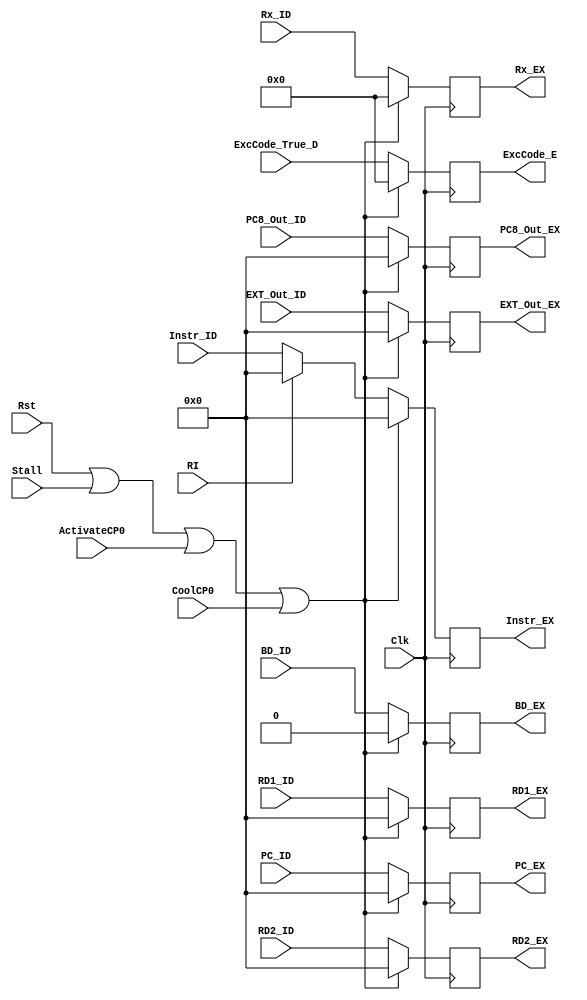
module ID_EX(
	 input Stall,
	 input ActivateCP0,
	 input CoolCP0,
	 input RI,
	 input [31:0] Instr_ID,
    input [31:0] RD1_ID,
    input [31:0] RD2_ID,
    input [31:0] EXT_Out_ID,
    input [31:0] PC8_Out_ID,
    input [31:0] PC_ID,
    input [4:0] Rx_ID,
	 input BD_ID,
	 output reg[31:0] Instr_EX,
    output reg[31:0] RD1_EX,
    output reg[31:0] RD2_EX,
    output reg[31:0] EXT_Out_EX,
    output reg[31:0] PC8_Out_EX,
    output reg[31:0] PC_EX,
    output reg[4:0] Rx_EX,
	 output reg BD_EX,
    input Clk,
	 input Rst,
	 input[4:0] ExcCode_True_D,
	 output reg[4:0] ExcCode_E
    );
	always@(posedge Clk)begin
		if((Rst)||(Stall)||(ActivateCP0)||(CoolCP0))begin
			Instr_EX <= 0;
			RD1_EX <= 0;
			RD2_EX <= 0;
			EXT_Out_EX <= 0;
			PC8_Out_EX <= 0;
			PC_EX <= 0;
			Rx_EX <= 0;
			BD_EX <= 0;
			ExcCode_E <= 5'b0;
		end
		else if(RI)begin
			Instr_EX <= 0;
			RD1_EX <= RD1_ID;
			RD2_EX <= RD2_ID;
			EXT_Out_EX <= EXT_Out_ID;
			PC8_Out_EX <= PC8_Out_ID;
			PC_EX <= PC_ID;
			Rx_EX <= Rx_ID;
			BD_EX <= BD_ID;
			ExcCode_E <= ExcCode_True_D;
		end
		else begin
			Instr_EX <= Instr_ID;
			RD1_EX <= RD1_ID;
			RD2_EX <= RD2_ID;
			EXT_Out_EX <= EXT_Out_ID;
			PC8_Out_EX <= PC8_Out_ID;
			PC_EX <= PC_ID;
			Rx_EX <= Rx_ID;
			BD_EX <= BD_ID;
			ExcCode_E <= ExcCode_True_D;
		end
	end

endmodule